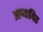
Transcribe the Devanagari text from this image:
आप्यायित